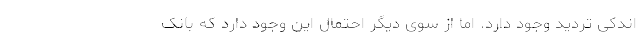
اندکی تردید وجود دارد. اما از سوی دیگر احتمال این وجود دارد که بانک